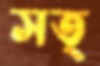
সত্